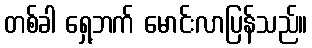
တစ်ခါ ရှေ့ဘက် မောင်းလာပြန်သည်။